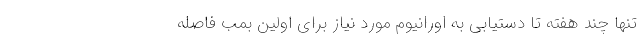
تنها چند هفته تا دستیابی به اورانیوم مورد نیاز برای اولین بمب فاصله